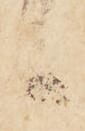
候